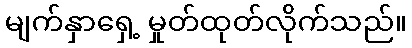
မျက်နှာရှေ့ မှုတ်ထုတ်လိုက်သည်။